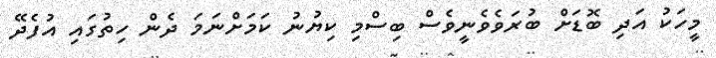
މީހަކު އަދި ބޮޑަށް ބުރަވެވެނީވެސް ބިސްމި ކިޔުނު ކަމަށްނަމަ ދެން ހިތުގައި އުފެދޭ